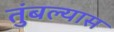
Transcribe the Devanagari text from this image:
तुंबल्यास